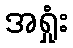
အရှုံး